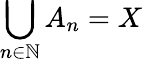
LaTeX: \bigcup_{n\in\mathbb{N}}A_{n}=X